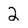
Character: 2